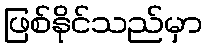
ဖြစ်နိုင်သည်မှာ